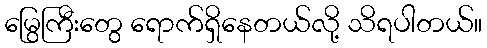
မြွေကြီးတွေ ရောက်ရှိနေတယ်လို့ သိရပါတယ်။